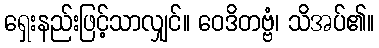
ရှေးနည်းဖြင့်သာလျှင်။ ဝေဒိတဗ္ဗံ၊ သိအပ်၏။